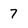
Character: 7